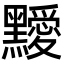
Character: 𪒱